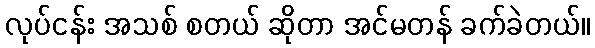
လုပ်ငန်း အသစ် စတယ် ဆိုတာ အင်မတန် ခက်ခဲတယ်။